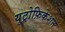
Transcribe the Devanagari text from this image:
यूट्रोफ़िकेशन